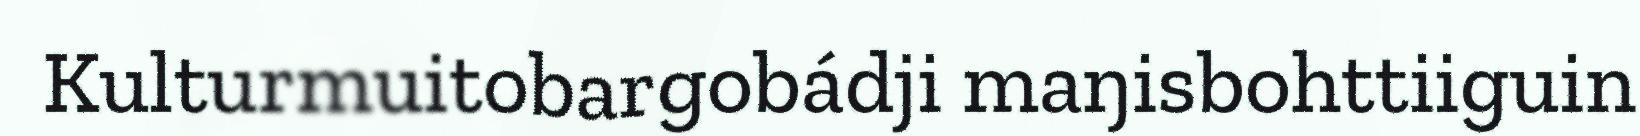
Kulturmuitobargobádji maŋisbohttiiguin